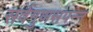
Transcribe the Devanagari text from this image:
सर्वगुणसंपन्‍न